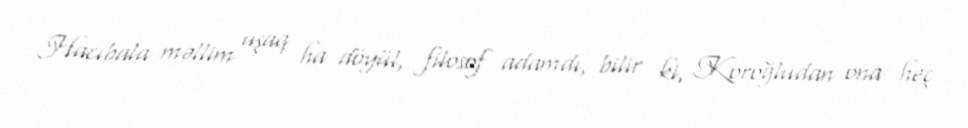
Hacıbala məllim uşaq ha döyül, filosof adamdı, bilir ki, Koroğludan ona heç